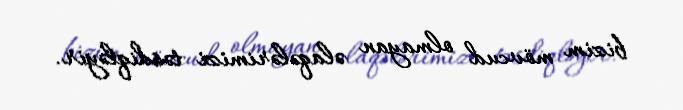
bizim mövcud olmayan əlaqələrimizi təsdiqləyir.